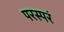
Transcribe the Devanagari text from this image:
परस्परं